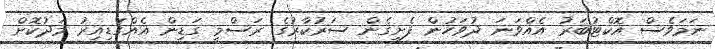
ނަމަވެސް އޮކްޓުބަރު އެއްވަނަ ދުވަހުން ފެށިގެން ސަރުކާރުގެ ރަސްމީ ގަޑިން އެއްގަޑިއިރު މަދުކޮށް